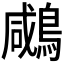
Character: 𪂶